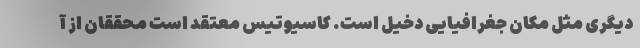
دیگری مثل مکان جغرافیایی دخیل است. کاسیوتیس معتقد است محققان از آ